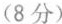
(8分)